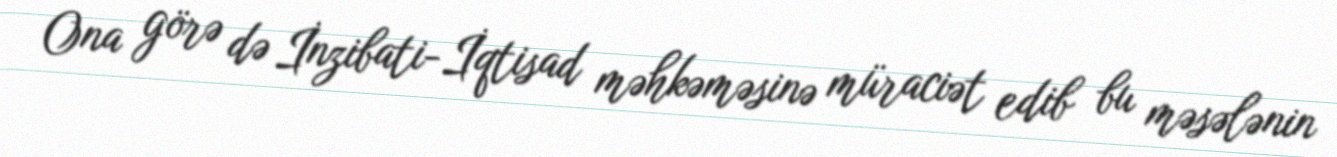
Ona görə də İnzibati-İqtisad məhkəməsinə müraciət edib bu məsələnin